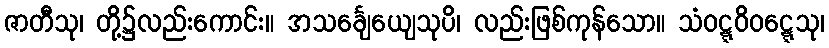
ဇာတီသု၊ တို့၌လည်းကောင်း။ အသင်္ချေယျေသုပိ၊ လည်းဖြစ်ကုန်သော။ သံဝဋ္ဋဝိဝဋ္ဋေသု၊